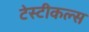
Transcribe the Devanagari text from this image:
टेस्टीकल्स